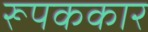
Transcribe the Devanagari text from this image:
रूपककार